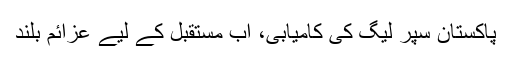
پاکستان سپر لیگ کی کامیابی، اب مستقبل کے لیے عزائم بلند